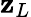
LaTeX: \mathbf{z}_{L}